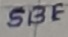
Text: SBE